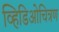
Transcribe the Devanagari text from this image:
व्हिडिओचित्रण